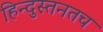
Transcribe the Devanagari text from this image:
हिन्दुस्तनतच